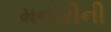
મનોરીની